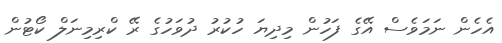
އެހެން ނަމަވެސް އޭގެ ފަހުން މިދިޔަ ހުކުރު ދުވަހުގެ ރޭ ކްރިމިނަލް ކޯޓުން